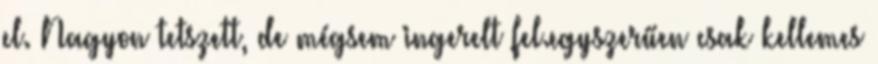
el. Nagyon tetszett, de mégsem ingerelt fel.egyszerűen csak kellemes